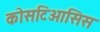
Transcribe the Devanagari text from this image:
कोसटिओसिस